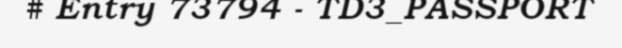
# Entry 73794 - TD3_PASSPORT